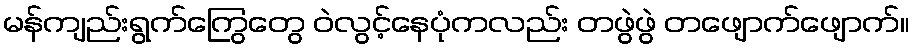
မန်ကျည်းရွက်ကြွေတွေ ဝဲလွင့်နေပုံကလည်း တဖွဲဖွဲ တဖျောက်ဖျောက်။